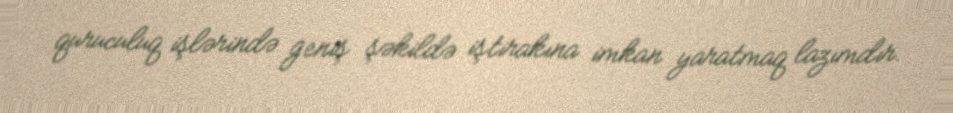
quruculuq işlərində geniş şəkildə iştirakına imkan yaratmaq lazımdır.